Tartu_linnavalitsus, lk 99
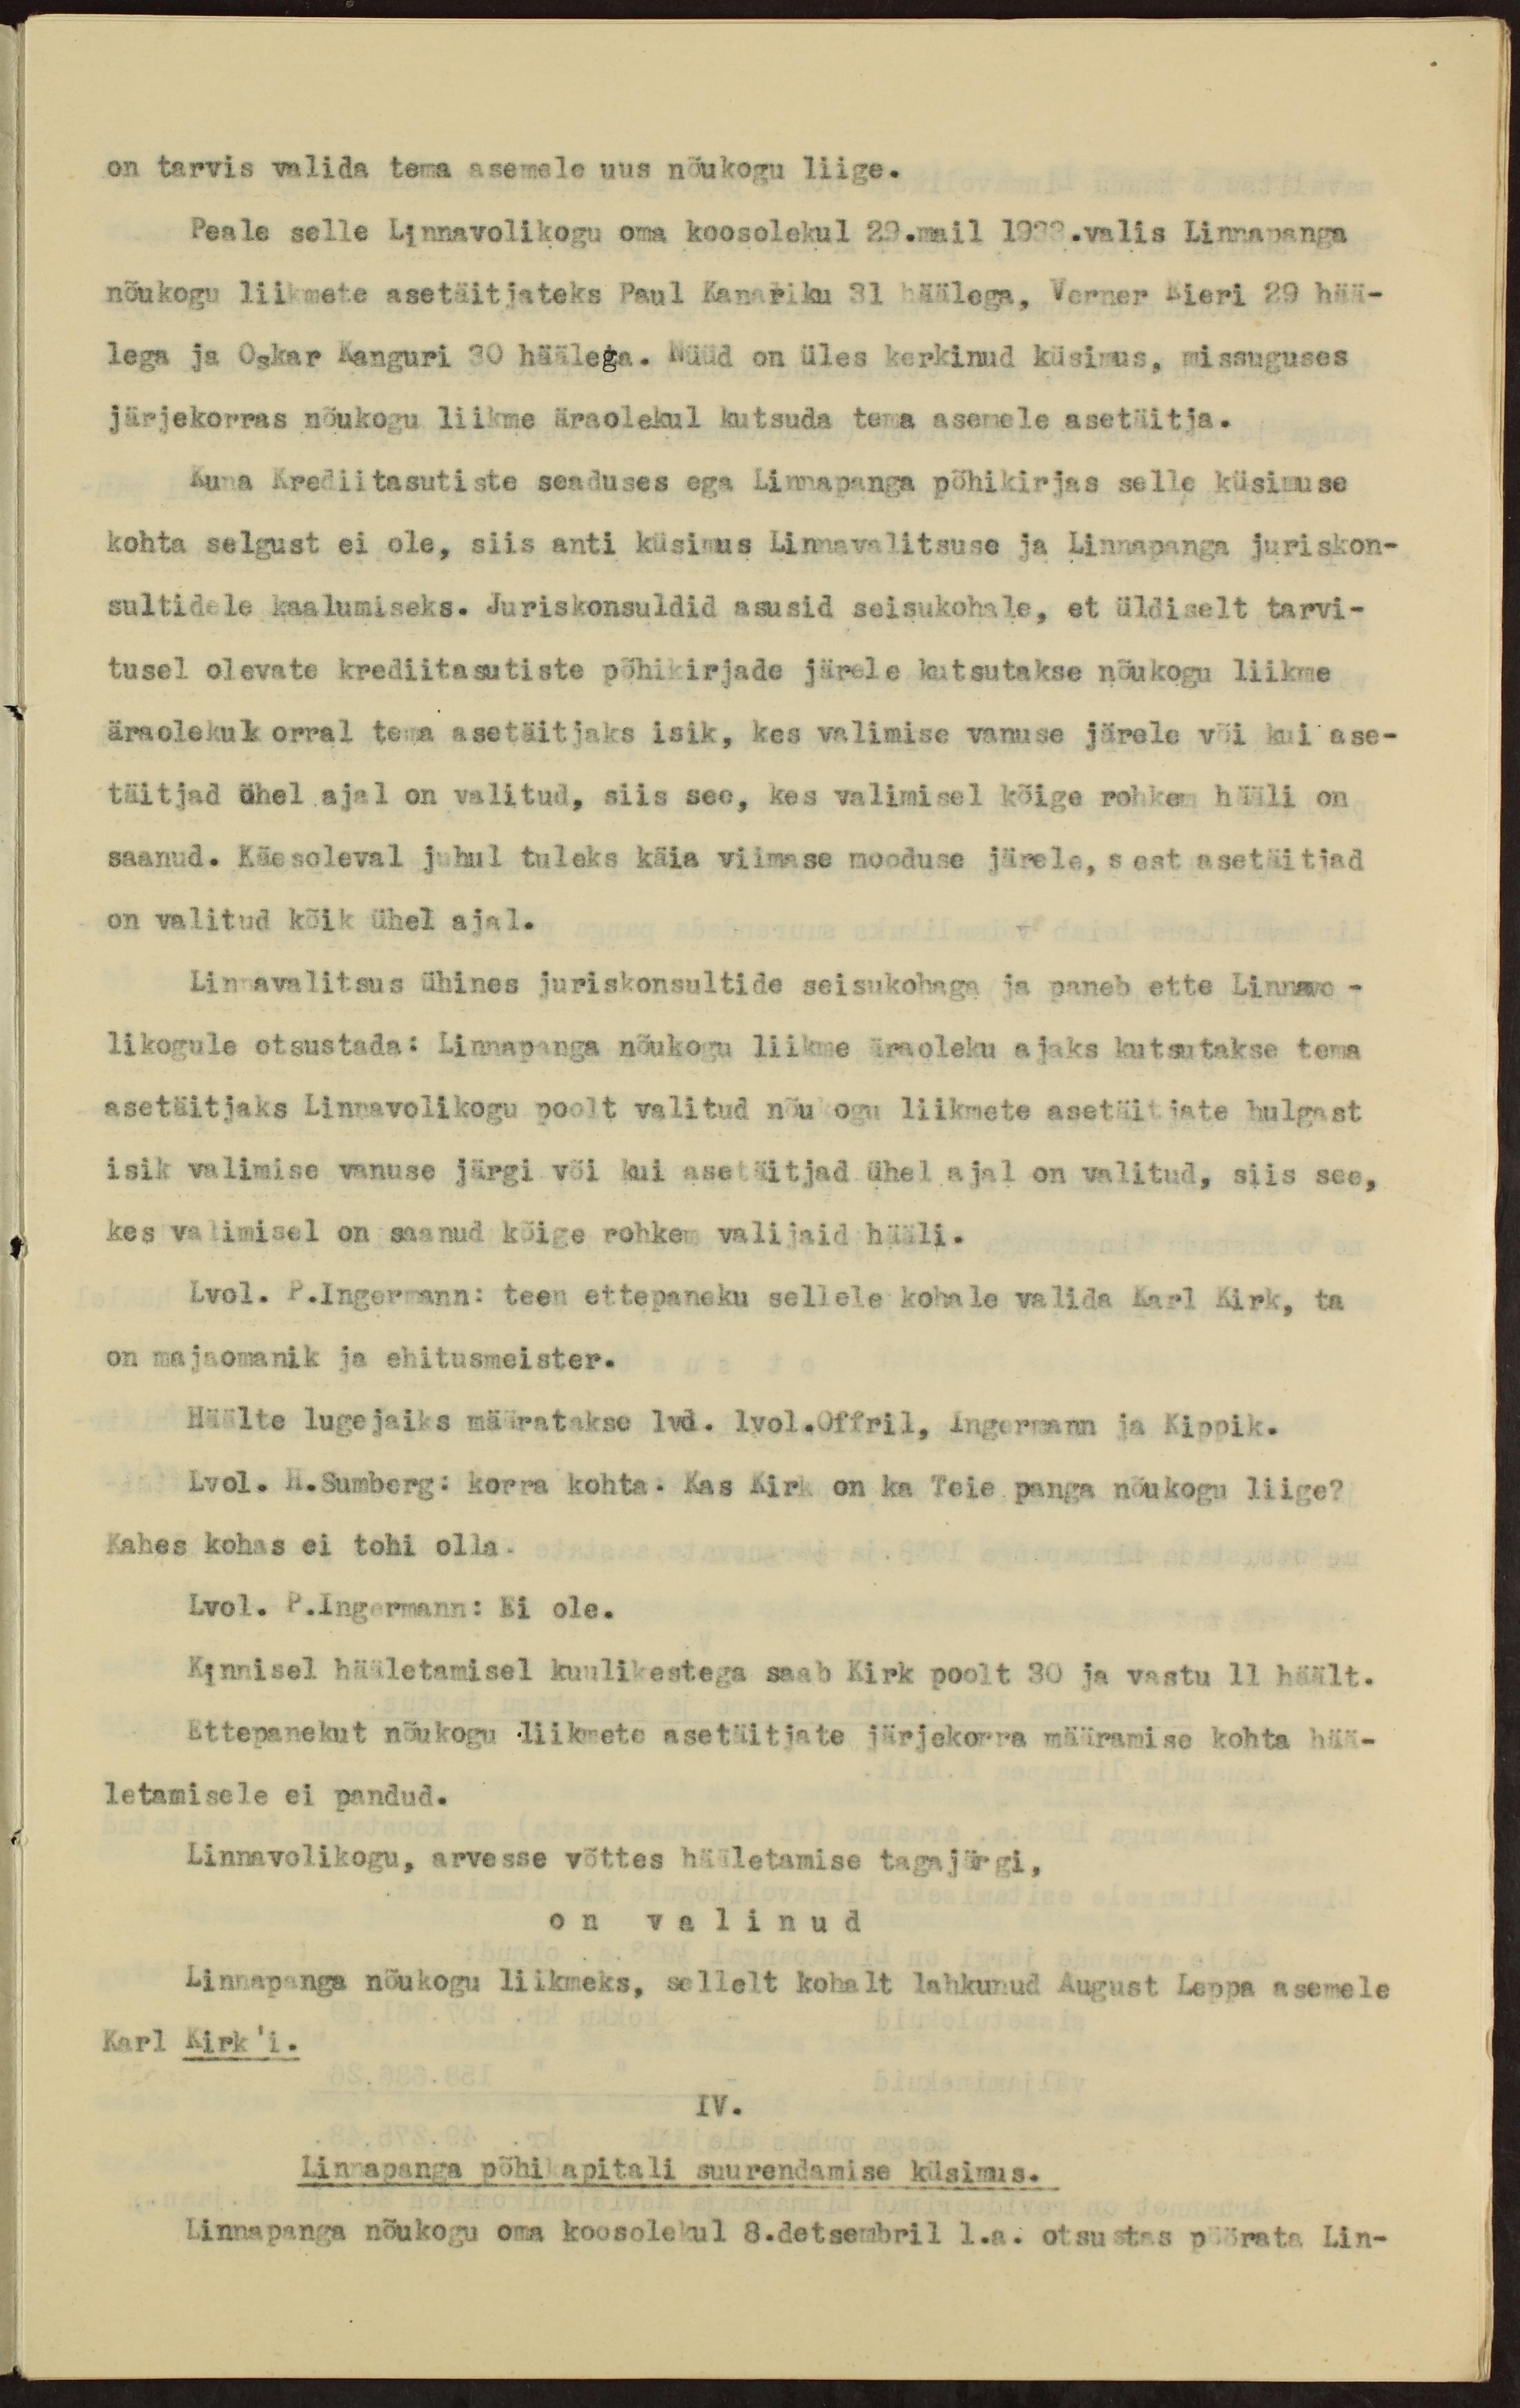
on tarvis valida tema asemele uus nõukogu liige.
Peale selle Linnavolikogu oma koosolekul 29.mail 1933.valis Linnapanga
nõukogu liikmete asetäitjateks Paul Kanariku 31 häälega, Verner Eieri 29 hää-
lega ja Oskar Kanguri 30 häälega. Nüüd on üles kerkinud küsimus, missuguses
järjekorras nõukogu liikme äraolekul kutsuda tema asemele asetäitja.
Kuna Krediitasutiste seaduses ega Linnapanga põhikirjas selle küsimuse
kohta selgust ei ole, siis anti küsimus Linnavalitsuse ja Linnapanga juriskon-
sultidele kaalumiseks. Juriskonsuldid asusid seisukohale, et üldiselt tarvi-
tusel olevate krediitasutiste põhikirjade järele kutsutakse nõukogu liikme
äraoleku korral tema asetäitjaks isik, kes valimise vanuse järele või kui ase-
täitjad ühel ajal on valitud, siis see, kes valimisel kõige rohkem hääli on
saanud. Käesoleval juhul tuleks käia viimase mooduse järele, sest asetäitjad
on valitud kõik ühel ajal.
Linnavalitsus ühines juriskonsultide seisukohaga ja paneb ette Linnavo-
likogule otsustada: Linnapanga nõukogu liikme äraoleku ajaks kutsutakse tema
asetäitjaks Linnavolikogu poolt valitud nõukogu liikmete asetäitjate hulgast
isik valimise vanuse järgi või kui asetäitjad ühel ajal on valitud, siis see,
kes valimisel on saanud kõige rohkem valijaid hääli.
Lvol. P.Ingermann: teen ettepaneku sellele kohale valida Karl Kirk, ta
on majaomanik ja ehitusmeister.
Häälte lugejaiks määratakse lvol. lvol.Offril, Ingermann ja Kippik.
Lvol. H.Sumberg: korra kohta. Kas Kirk on ka Teie panga nõukogu liige?
Kahes kohas ei tohi olla.
Lvol. P.Ingermann: Ei ole.
Kinnisel hääletamisel kuulikestega saab Kirk poolt 30 ja vastu 11 häält.
Ettepanekut nõukogu liikmete asetäitjate järjekorra määramise kohta hää-
letamisele ei pandud.
Linnavolikogu, arvesse võttes hääletamise tagajärgi,
on valinud
Linnapanga nõukogu liikmeks, sellelt kohalt lahkunud August Leppa asemele
Karl Kirk'i.
IV.
Linnapanga põhikapitali suurendamise küsimus.
Linnapanga nõukogu oma koosolekul 8.detsembril l.a. otsustas pöörata Lin-